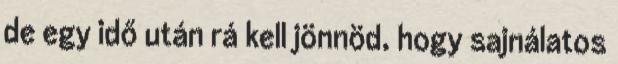
de egy idő után rá kell jönnöd, hogy sajnálatos